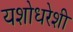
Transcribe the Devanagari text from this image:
यशोधरेशी